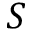
S